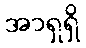
အာရှရှိ